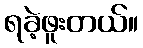
ရခဲ့ဖူးတယ်။